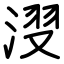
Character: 𣷺